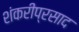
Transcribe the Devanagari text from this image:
शंकरीप्रसाद